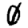
Digit: 0